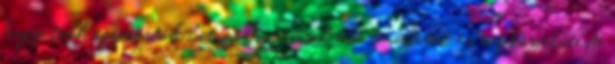
hogy több, egymástól látszólag távol eső területet és megközelítést